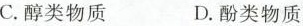
C.醇类物质 D.酚类物质